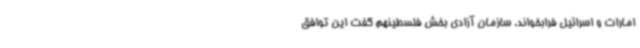
امارات و اسرائیل فرابخواند. سازمان آزادی بخش فلسطینهم گفت این توافق